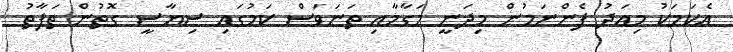
އެކަމަކު މިއަދު ފެންނަމުން މިދަނީ މަގާމާއި ތަނަވަސް ކަމުގައި ސިޔާސީ ގޮތުން ތަފާތު